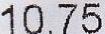
10.75